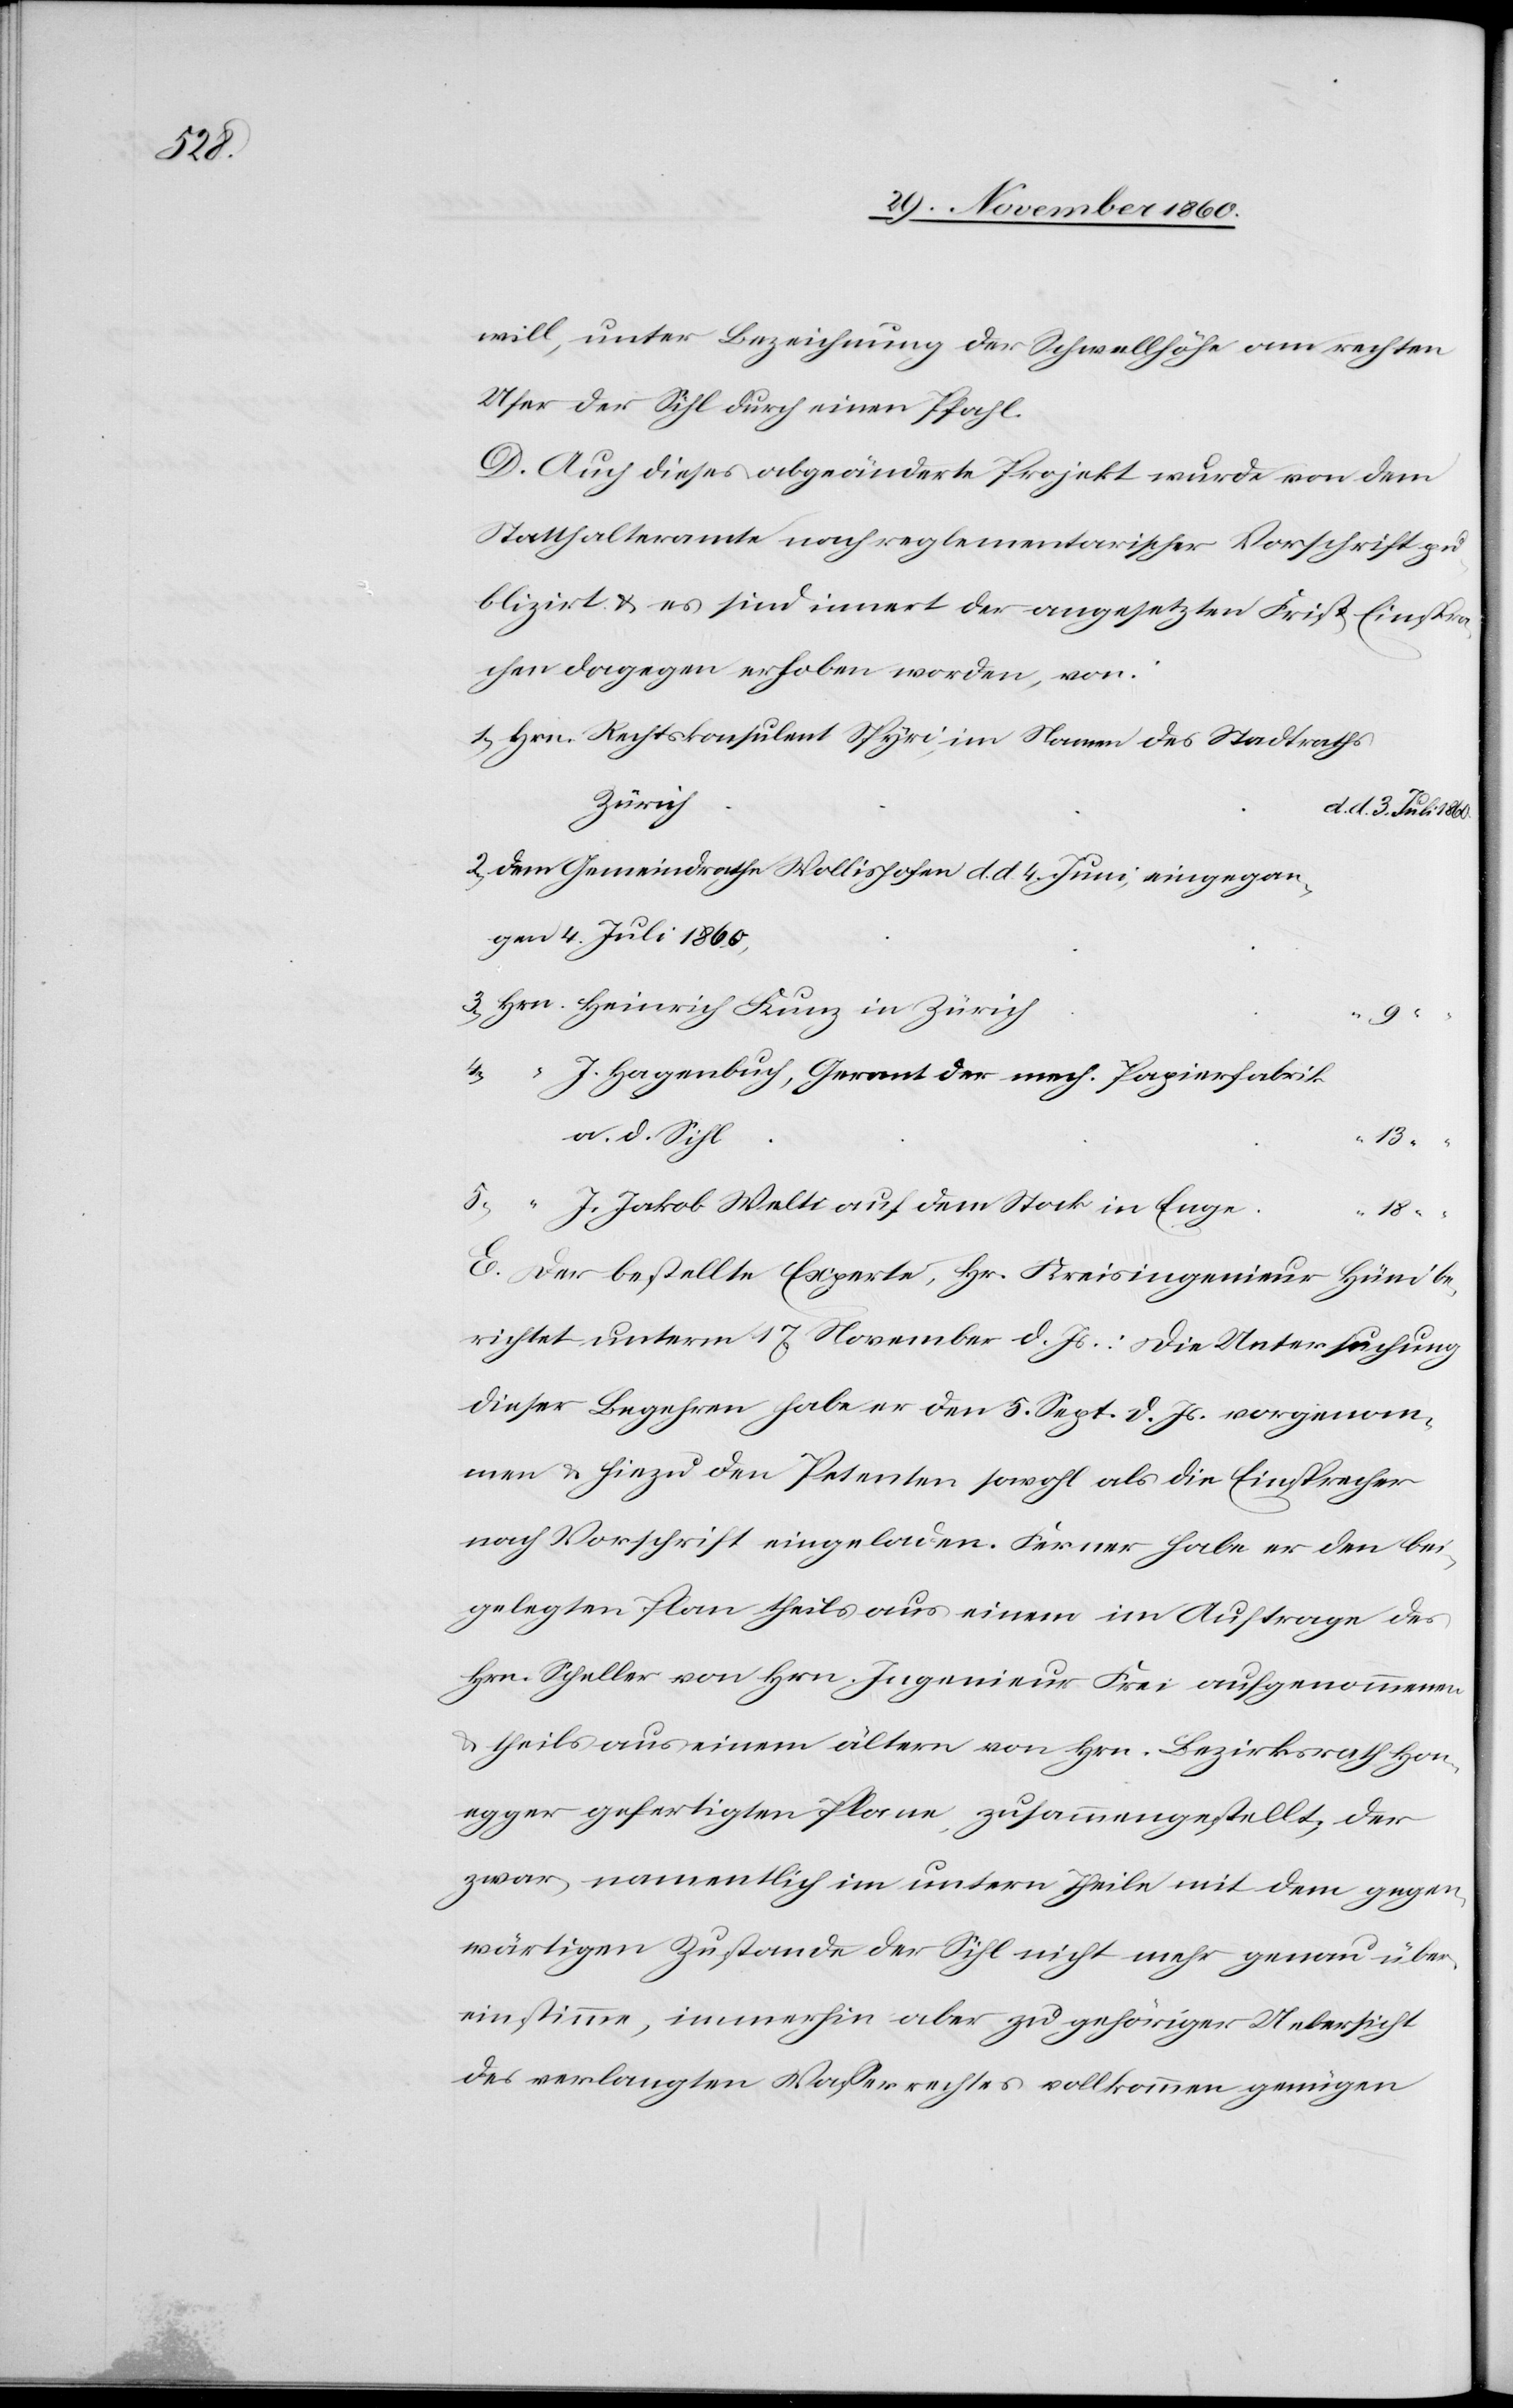
1860.

will, unter Bezeichnung der Schwellhöhe am rechten
Ufer der Sihl durch einen Pfahl.
D. Auch dieses abgeänderte Projekt wurde von dem
Statthalteramte nach reglementarischer Vorschrift pu¬
blizirt u. es sind innert der angesetzten Frist Einspra¬
chen dagegen erhoben worden, von:
Zürich
d. d. 4. Juni, eingegan¬
gen 4. Juli 1860,
9.
“
4.
J. Hagenbuch, Gerant der mech. Papierfabrik
a. d. Sihl
“
5.
J. Jakob Welti auf dem Stock in Enge
18.
E. Der bestellte Experte, Hr. Kreisingenieur Hüni be¬
richtet unterm 17. November d. Js.: die Untersuchung
dieser Begehren habe er den 5. Sept. d. Js. vorgenom¬
men u. hiezu den Petenten sowohl als die Einsprecher
nach Vorschrift eingeladen. Ferner habe er den bei¬
gelegten Plan theils aus einem im Auftrage des
Hrn. Scheller von Hrn. Ingenieur Frei aufgenommenen
u. theils aus einem ältern von Hrn. Bezirksrath Hon¬
egger gefertigten Plane zusammengestellt, der
zwar namentlich im untern Theile mit dem gegen¬
wärtigen Zustande der Sihl nicht mehr genau über¬
einstimme, immerhin aber zu gehöriger Uebersicht
des verlangten Wasserrechtes vollkommen genügen